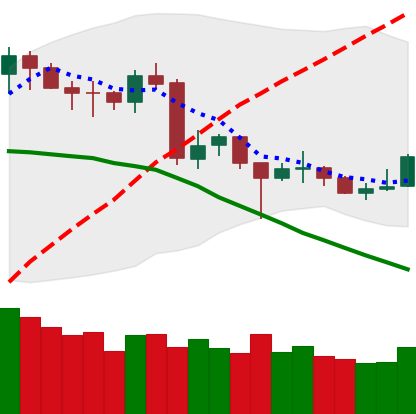
Ticker: NEO-USD
Chart end date: 2020-06-22
Forward return: -9.576%
Label: down_7plus